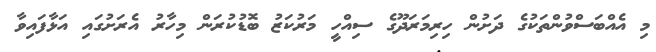
މި އެއްބަސްވުންތަކުގެ ދަށުން ހިރިމަރަދޫގެ ސިއްހީ މަރުކަޒު ބޮޑުކުރަން މިހާރު އެރަށުގައި އަޅާފައިވާ